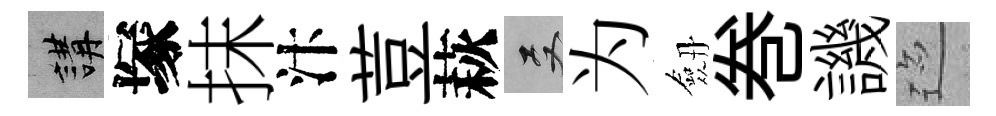
講塚抹汴荳萩双为劔巻譏迹